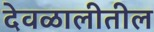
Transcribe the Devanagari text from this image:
देवळालीतील